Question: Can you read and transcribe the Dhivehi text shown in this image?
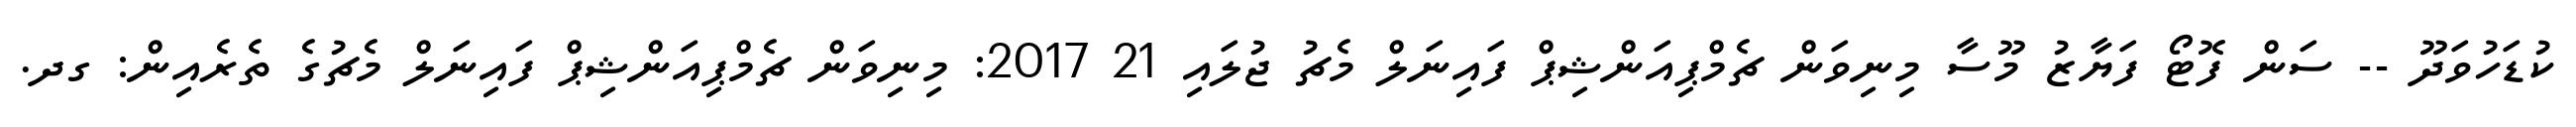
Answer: ކުޑަހުވަދޫ -- ސަން ފޮޓޯ ފަޔާޒު މޫސާ މިނިވަން ޗެމްޕިއަންޝިޕް ފައިނަލް މެޗު ޖުލައި 21 2017: މިނިވަން ޗެމްޕިއަންޝިޕް ފައިނަލް މެޗުގެ ތެރެއިން: ގދ.